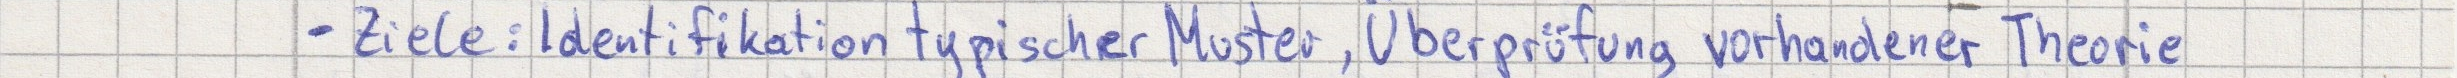
- Ziele: Identifikation typischer Muster, Überprüfung vorhandener Theorie